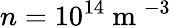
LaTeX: n=10^{14}\mathrm{~m~}^{-3}